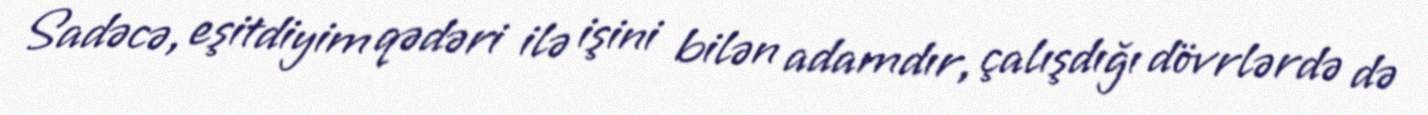
Sadəcə, eşitdiyim qədəri ilə işini bilən adamdır, çalışdığı dövrlərdə də